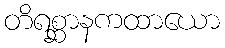
တိရစ္ဆာနကထာယော